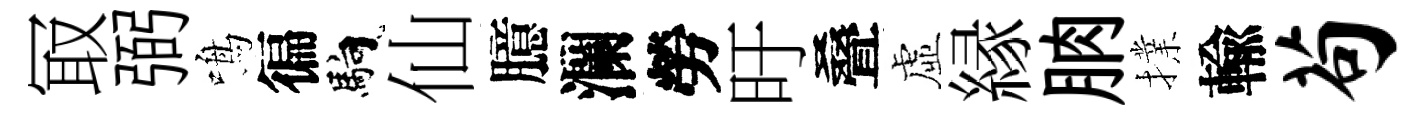
冣弼鳴徧馿仙臆瀾勞旴叠虛縁朒擈輸苟